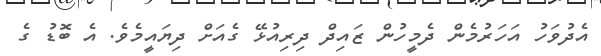
އެދުވަހު އަހަރުމެން ދެމީހުން ޒައިދް ދިރިއުޅޭ ގެއަށް ދިޔައީމެވެ. އެ ބޮޑު ގެ